Plague in India, 1896, 1897 - Volume 2
Year: 1896
Disease focus: Plague
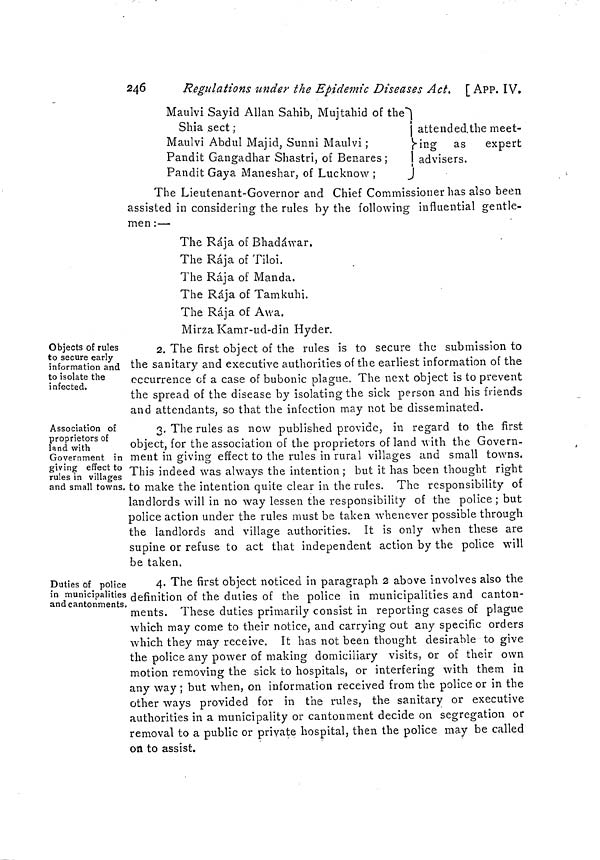
246
Regulations under the Epidemic Diseases Act. [ APP. IV.
Maulvi Say id Allan Sahib, Mujtahid of the"
Shia sect ;
Maulvi Abdul Majid, Sunni Maulvi ;
Pandit Gangadhar Shastri, of Benares ;
Pandit Gaya Maneshar, of Lucknow ;
)
attended.the meet-
ing
as
expert
1
0
j.
advisers.
J
The Lieutenant-Governor and Chief Commissioner has also been
assisted in considering the rules by the following influential gentle-
men :—
The Ràja of Bhadáwar,
The Ràja of Tiloi.
The Ràja of Manda.
The Ràja of Tamkuhi.
The Ràja of Awa.
Mirza Kamr-ud-din Hyder.
Objects of rules
to secure early
information and
to isolate the
infected.
2. The first object of the rules is to secure the submission to
the sanitary and executive authorities of the earliest information of the
occurrence of a case of bubonic plague. The next object is to prevent
the spread of the disease by isolating the sick person and his friends
and attendants, so that the infection may not be disseminated.
Association of
proprietors of
land with
Government in
giving effect to
rules in villages
and small towns.
3. The rules as now published provide; in regard to the first
object, for the association of the proprietors of land with the Govern-
ment in giving effect to the rules in rural villages and small towns.
This indeed was always the intention ; but it has been thought right
to make the intention quite clear in the rules. The responsibility of
landlords will in no way lessen the responsibility of the police ; but
police action under the rules must be taken whenever possible through
the landlords and village authorities. It is only when these are
supine or refuse to act that independent action by the police will
be taken.
Duties of police
in municipalities
and cantonments
4. The first object noticed in paragraph 2 above involves also the
definition of the duties of the police in municipalities and canton-
ments. These duties primarily consist in reporting cases of plague
which may come to their notice, and carrying out any specific orders
which they may receive. It has not been thought desirable to give
the police any power of making domiciliary visits, or of their own
motion removing the sick to hospitals, or interfering with them in
any way ; but when, on information received from the police or in the
other ways provided for in the rules, the sanitary or executive
authorities in a municipality or cantonment decide on segregation or
removal to a public or private hospital, then the police may be called
on to assist.